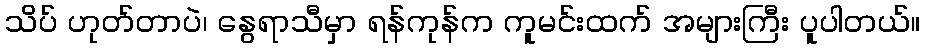
သိပ် ဟုတ်တာပဲ၊ နွေရာသီမှာ ရန်ကုန်က ကူမင်းထက် အများကြီး ပူပါတယ်။